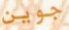
جوين